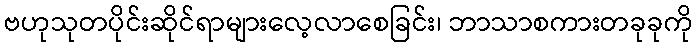
ဗဟုသုတပိုင်းဆိုင်ရာများလေ့လာစေခြင်း၊ ဘာသာစကားတခုခုကို